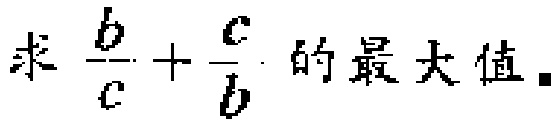
求 \(\frac{b}{c}+\frac{c}{b}\) 的最大值。